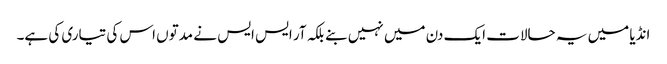
انڈیا میں یہ حالات ایک دن میں نہیں بنے بلکہ آر ایس ایس نے مدتوں اس کی تیاری کی ہے۔